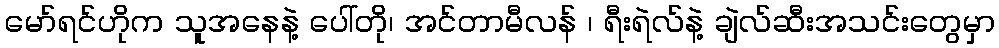
မော်ရင်ဟိုက သူအနေနဲ့ ပေါ်တို၊ အင်တာမီလန် ၊ ရီးရဲလ်နဲ့ ချဲလ်ဆီးအသင်းတွေမှာ